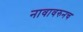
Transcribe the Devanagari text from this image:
नावावरुनच